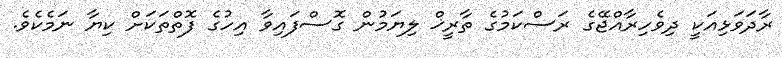
ރާދަވަޅިއަކީ ދިވެހިރާއްޖޭގެ ރަސްކަމުގެ ތާރީޚް ލިޔަމުން ގޮސްފައިވާ އިހުގެ ފޮތްތަކަށް ކިޔާ ނަމެކެވެ.